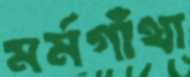
মর্মগাঁথা